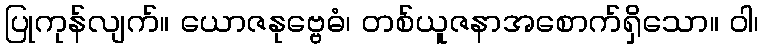
ပြုကုန်လျက်။ ယောဇနုဗ္ဗေဓံ၊ တစ်ယူဇနာအစောက်ရှိသော။ ဝါ၊